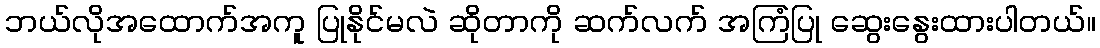
ဘယ်လိုအထောက်အကူ ပြုနိုင်မလဲ ဆိုတာကို ဆက်လက် အကြံပြု ဆွေးနွေးထားပါတယ်။